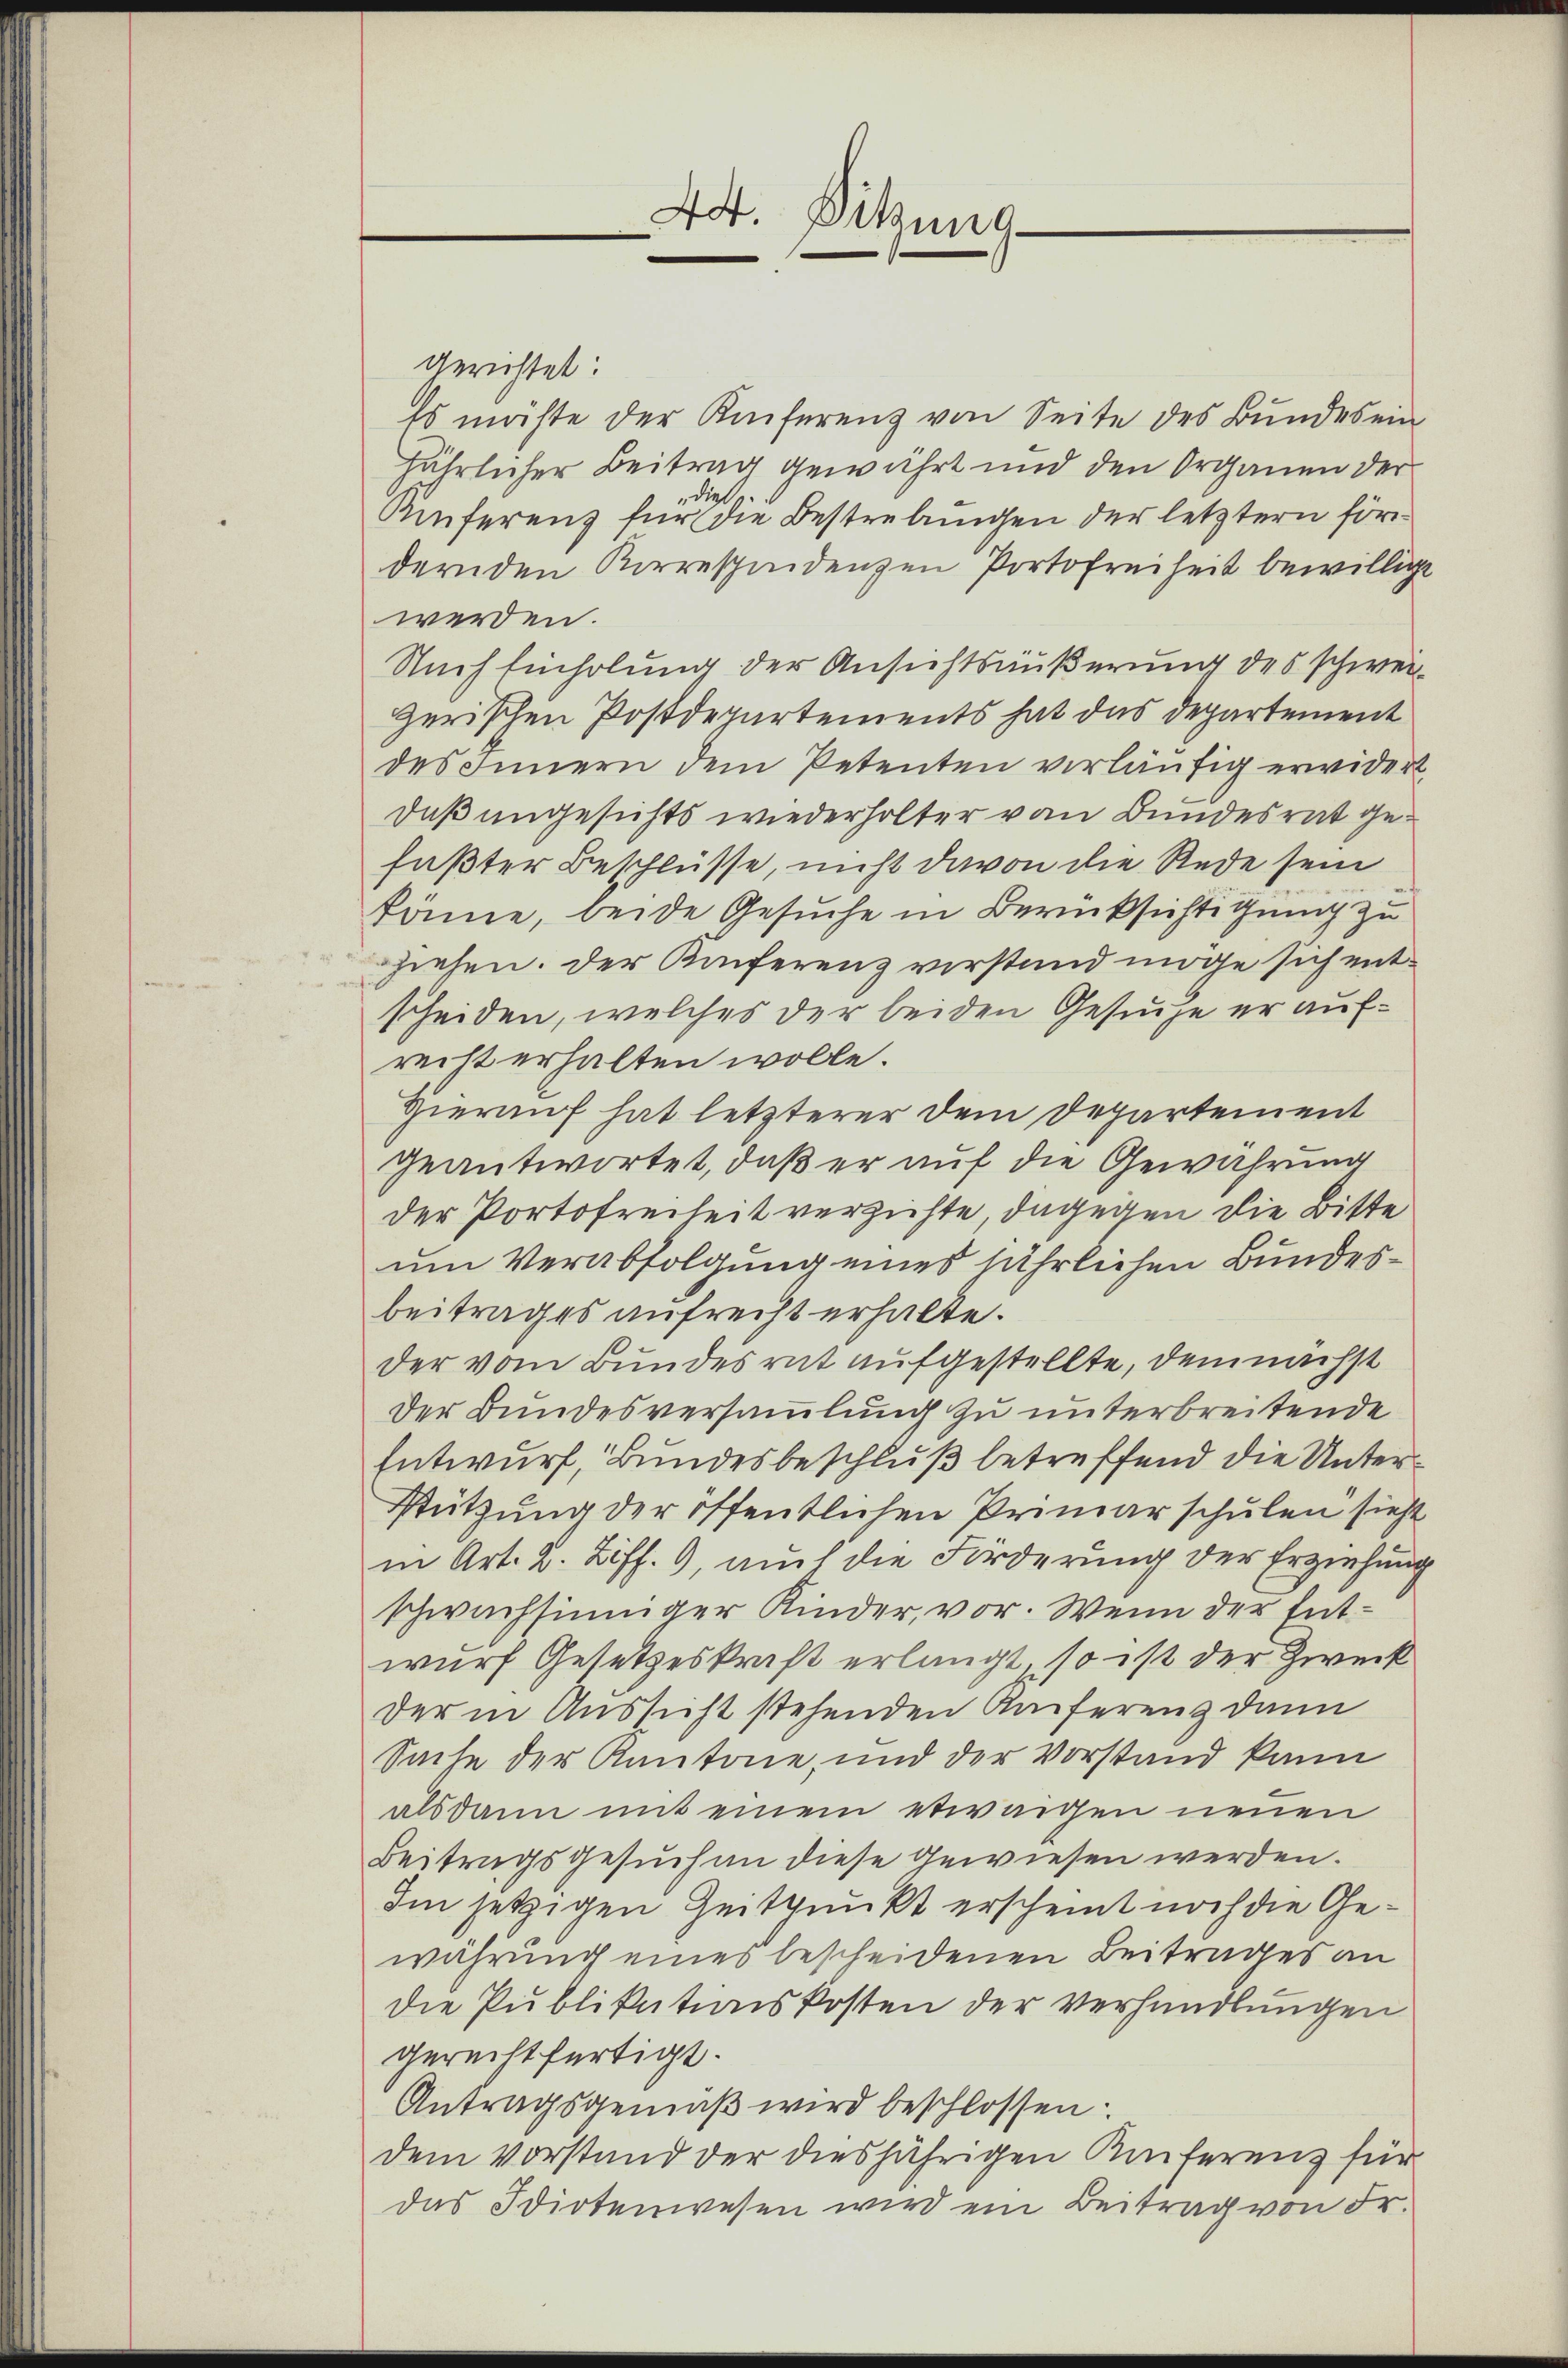
44. Sitzung

gerichtet:
Es möchte der Konferenz von Seite des Bundes ein
jährlicher Beitrag gewährt und den Organen der
Kinferenz für die Bestrebungen der letztern för
dernden Korrespuidenzen Portofreiheit bewillige
werden.
Nach Einholung der Ansichtsäußerung des schweizerischen Postdepartements hat das Departement
des Innern dem Petenten vorläufig erwidert
daß angesichts wiederholter von Bundesrat gefaßter Beschlüsse, nicht davon die Rede sein
könne, beide Gesuche in Berücksichtigung zu
ziehen. Der Konferenz verstand möge sich entscheiden, welches der beiden Gesuche er aufreiht erhalten wolle.
Hierauf hat letzterer dem Departement
geantwortet, daß er auf die Gewährung
der Portofreiheit verzichte, dagegen die Bitte
um Verabfolgung eines jährlichen Bundesbeitrages aufrecht erhalte.
der vom Bundesrat aufgestellte, demnächst
Der Bundesversammlung zu unterbreitende
Entwurf, Bundesbeschluß betreffend die Unter¬
Stützung der öffentlichen Primarschulen sieht
in Art. 2. Ziff. 9, auch die Förderung der Erziehung
schwachsinniger Kinder, vor. Wenn der Entwurf Gesetzeskraft erlangt, so ist der Zweck
der in Aussicht stehenden Anferenz dann
Sache der Kantone, und der Vorstand kann
alsdann mit einem etwaigen neuen
Beitragsgesuchen diese gewiesen werden.
Im jetzigen Zeitpunkt erscheint noch die Gewährung eines bescheidenen Beitrages an
die Publikationskosten der Verhandlungen
gerechtfertigt.
Antragsgemäβ wird beschlossen:
dem Vorstand der diesjährigen Kniterenz für
das Idiotenwesen wird ein Beitrag von Fr.